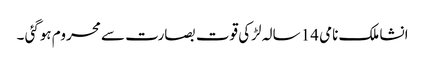
انشا ملک نامی 14 سالہ لڑکی قوت بصارت سے محروم ہوگئی ۔